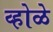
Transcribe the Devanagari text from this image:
व्होळे